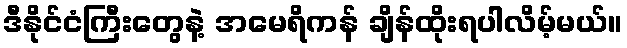
ဒီနိုင်ငံကြီးတွေနဲ့ အမေရိကန် ချိန်ထိုးရပါလိမ့်မယ်။